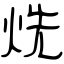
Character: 烍